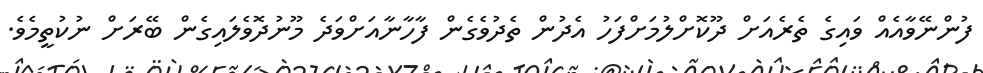
ފުންނޭވާއެއް ވައިގެ ތެރެއަށް ދޫކޮށްލުމަށްފަހު އެދުން ތެދުވެގެން ފާހާނާއަށްވަދެ މޫނުދޮވެލައިގެން ބޭރަށް ނުކުތީމެވެ.